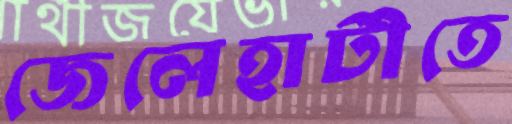
জেলেহাটীতে